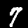
Label: 7